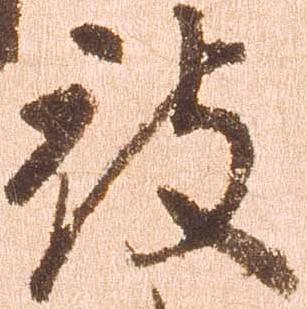
被